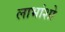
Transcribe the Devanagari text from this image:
लाभांशो